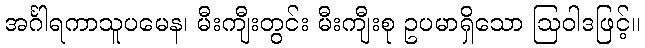
အင်္ဂါရကာသူပမေန၊ မီးကျီးတွင်း မီးကျီးစု ဥပမာရှိသော ဩဝါဒဖြင့်။